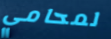
لمحامي